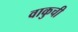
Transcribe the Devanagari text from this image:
वाकुची